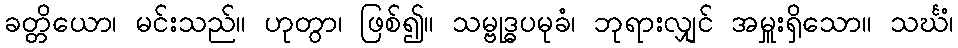
ခတ္တိယော၊ မင်းသည်။ ဟုတွာ၊ ဖြစ်၍။ သမ္ဗုဒ္ဓပမုခံ၊ ဘုရားလျှင် အမှူးရှိသော။ သင်္ဃံ၊